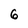
Character: 6